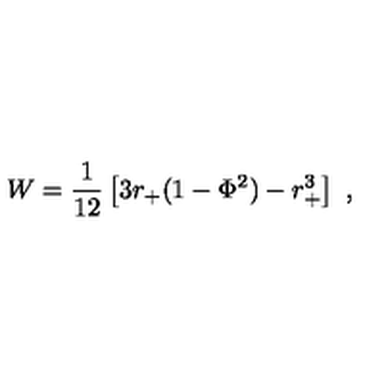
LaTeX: W = { \frac { 1 } { 1 2 } } \left[ 3 r _ { + } ( 1 - \Phi ^ { 2 } ) - r _ { + } ^ { 3 } \right] \ ,